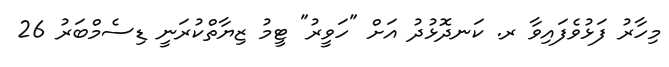
މިހާރު ފަޅުވެފައިވާ ރ. ކަނދޮޅުދު އަށް "ހަވީރު" ޓީމު ޒިޔާތްކުރަނީ ޑިސެމްބަރު 26